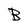
Character: B